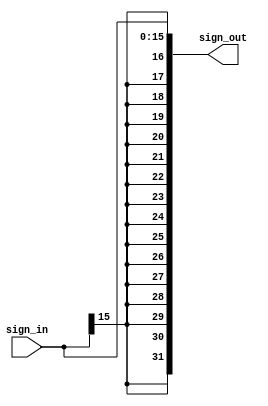
`timescale 1 ns / 1 ps

module signextend(

input [15:0] sign_in,
output [31:0] sign_out
  );

generate
genvar i;
for (i=16; i<32; i=i+1) begin
    assign sign_out[i] = sign_in[15];
end
endgenerate

assign sign_out[15:0] = sign_in[15:0];

endmodule